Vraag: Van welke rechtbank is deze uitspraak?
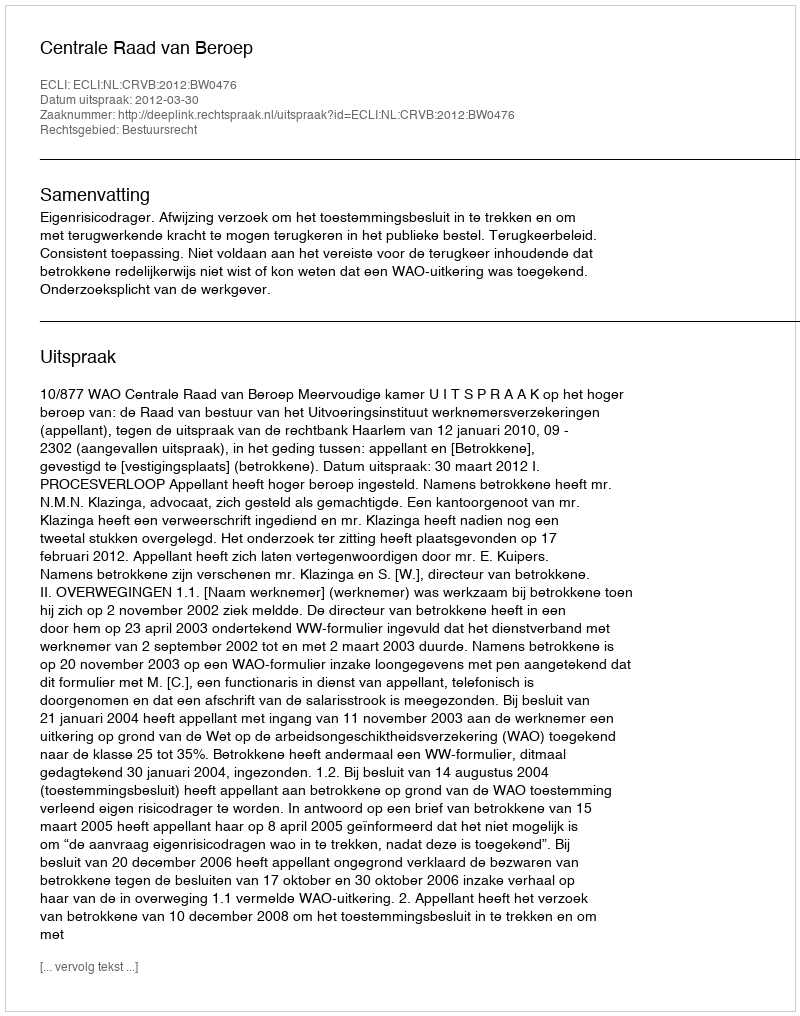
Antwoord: Centrale Raad van Beroep